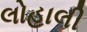
લોહાલી